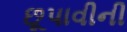
છૂપાવીની